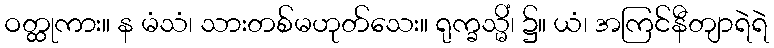
ဝတ္ထုကား။ န မံသံ၊ သားတစ်မဟုတ်သေး။ ရုက္ခသ္မိံ၊ ၌။ ယံ၊ အကြင်နီတျာရဲရဲ